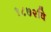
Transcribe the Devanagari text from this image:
१८७२वि